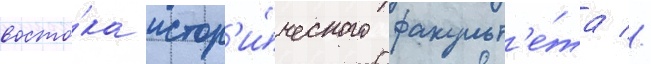
восто́ка истор'и́ческого факульт'е́та //